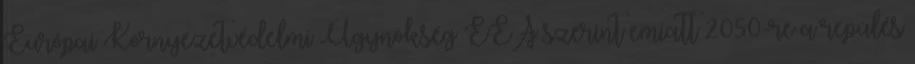
Európai Környezetvédelmi Ügynökség EEA szerint emiatt 2050-re a repülés